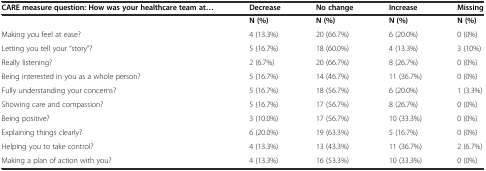
<table><thead><tr><td><b>CARE measure question: How was your healthcare team at...</b></td><td><b>Decrease</b></td><td><b>No change</b></td><td><b>Increase</b></td><td><b>Missing</b></td></tr></thead><tbody><tr><td></td><td><b>N (%)</b></td><td><b>N (%)</b></td><td><b>N (%)</b></td><td><b>N (%)</b></td></tr><tr><td>Making you feel at ease?</td><td>4 (13.3%)</td><td>20 (66.7%)</td><td>6 (20.0%)</td><td>0 (0%)</td></tr><tr><td>Letting you tell your “story”?</td><td>5 (16.7%)</td><td>18 (60.0%)</td><td>4 (13.3%)</td><td>3 (10%)</td></tr><tr><td>Really listening?</td><td>2 (6.7%)</td><td>20 (66.7%)</td><td>8 (26.7%)</td><td>0 (0%)</td></tr><tr><td>Being interested in you as a whole person?</td><td>5 (16.7%)</td><td>14 (46.7%)</td><td>11 (36.7%)</td><td>0 (0%)</td></tr><tr><td>Fully understanding your concerns?</td><td>5 (16.7%)</td><td>18 (56.7%)</td><td>6 (20.0%)</td><td>1 (3.3%)</td></tr><tr><td>Showing care and compassion?</td><td>5 (16.7%)</td><td>17 (56.7%)</td><td>8 (26.7%)</td><td>0 (0%)</td></tr><tr><td>Being positive?</td><td>3 (10.0%)</td><td>17 (56.7%)</td><td>10 (33.3%)</td><td>0 (0%)</td></tr><tr><td>Explaining things clearly?</td><td>6 (20.0%)</td><td>19 (63.3%)</td><td>5 (16.7%)</td><td>0 (0%)</td></tr><tr><td>Helping you to take control?</td><td>4 (13.3%)</td><td>13 (43.3%)</td><td>11 (36.7%)</td><td>2 (6.7%)</td></tr><tr><td>Making a plan of action with you?</td><td>4 (13.3%)</td><td>16 (53.3%)</td><td>10 (33.3%)</td><td>0 (0%)</td></tr></tbody></table>